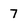
Character: 7